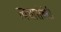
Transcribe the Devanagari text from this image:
त्वचासंबंधी